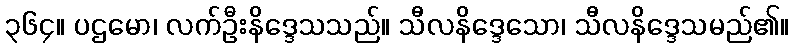
၃၆၄။ ပဌမော၊ လက်ဦးနိဒ္ဒေသသည်။ သီလနိဒ္ဒေသော၊ သီလနိဒ္ဒေသမည်၏။